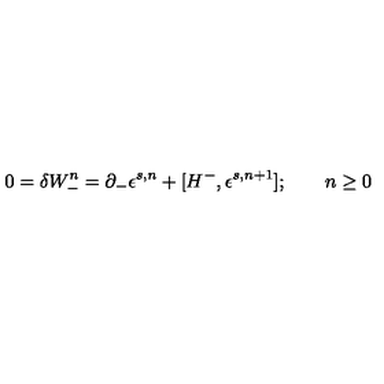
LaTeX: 0 = \delta W _ { - } ^ { n } = \partial _ { - } \epsilon ^ { s , n } + [ H ^ { - } , \epsilon ^ { s , n + 1 } ] ; \qquad n \geq 0